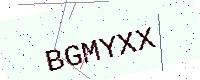
Text: BGMYXX